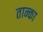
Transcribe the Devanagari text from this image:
तान्का